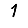
Digit: 1